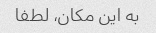
به این مکان، لطفا